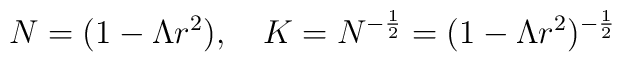
N=(1-\Lambda r^2), \quad K=N^{-\frac{1}{2}}=(1-\Lambda r^2)^{-\frac{1}{2}}